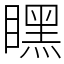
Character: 䁫